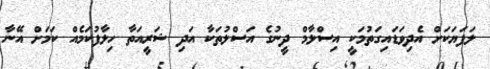
ލަފަޔަކަށް އެދިވަޑައިގަތުމަކީ އިސްލާމް ދީނުގެ އަސްލުތަކާ އަދި ޝަރީއަތާ ހިލާފުކަމެއް ކަމަށް އޭނާ